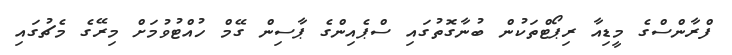
ފްރާންސްގެ މީޑިއާ ރިޕޯޓްތަކުން ބުނާގޮތުގައި ސްޕެއިންގެ ޕާސިން ގޭމް ހުއްޓުވުމަށް މިރޭގެ މެޗުގައި